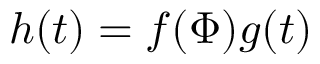
h ( t ) = f ( \Phi ) g ( t )